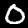
Digit: 0